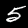
Digit: 5